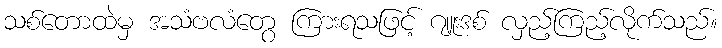
သစ်တောထဲမှ အသံဗလံတွေ ကြားရသဖြင့် ဂျူးဒစ် လှည့်ကြည့်လိုက်သည်။